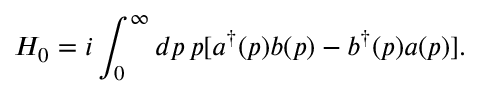
H _ { 0 } = i \int _ { 0 } ^ { \infty } d p \, p [ a ^ { \dag } ( p ) b ( p ) - b ^ { \dag } ( p ) a ( p ) ] .